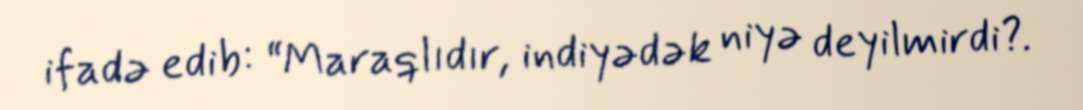
ifadə edib: “Maraqlıdır, indiyədək niyə deyilmirdi?.